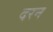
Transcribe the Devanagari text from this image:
दरन